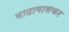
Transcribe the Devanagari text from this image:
मादागासकर